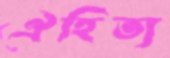
ঐহিত্য